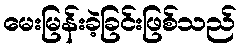
မေးမြန်းခဲ့ခြင်းဖြစ်သည်